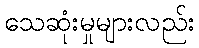
သေဆုံးမှုများလည်း